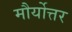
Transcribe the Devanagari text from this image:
मौर्योत्तर